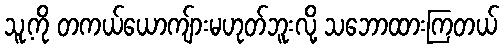
သူ့ကို တကယ်ယောကျ်ားမဟုတ်ဘူးလို့ သဘောထားကြတယ်